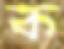
ক